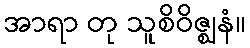
အာရာ တု သူစိဝိဇ္ဈနံ။